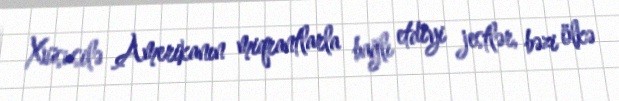
Xüsusilə Amerikanın miqrantlarla bağlı etdiyi jestlər, bəzi ölkə